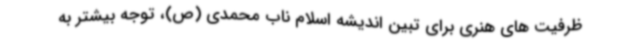
ظرفیت های هنری برای تبین اندیشه اسلام ناب محمدی (ص)، توجه بیشتر به